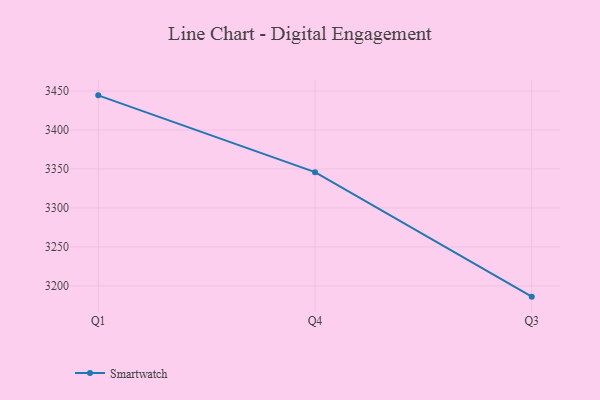
{"axis": {"x": "Quarter", "y": "Revenue (USD Million)"}, "legend": ["Smartwatch"], "data": [{"x": "Q1", "y": 3444.4, "type": "Smartwatch"}, {"x": "Q4", "y": 3345.9, "type": "Smartwatch"}, {"x": "Q3", "y": 3186.2, "type": "Smartwatch"}]}